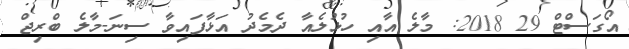
އޯގަސްޓް 29 2018: މާލެ އާއި ހުޅުލެއާ ދެމެދު އަޅާފައިވާ ސިނަ-މާލެ ބްރިޖް